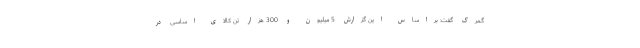
گمرک گفت: براساس این گزارش 5 میلیون و 300 هزار تن کالای اساسی در